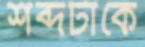
শব্দটাকে